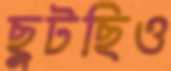
ছুটছিও